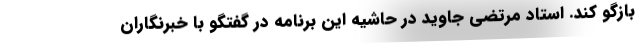
بازگو کند. استاد مرتضی جاوید در حاشیه این برنامه در گفتگو با خبرنگاران